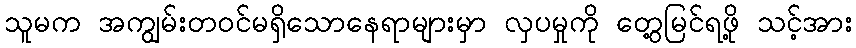
သူမက အကျွမ်းတ၀င်မရှိသောနေရာများမှာ လှပမှုကို တွေ့မြင်ရဖို့ သင့်အား